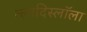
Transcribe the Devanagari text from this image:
व्लादिस्लॉला